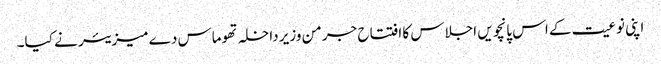
اپنی نوعیت کے اس پانچویں اجلاس کا افتتاح جرمن وزیر داخلہ تھوماس دے میزیئر نے کیا۔